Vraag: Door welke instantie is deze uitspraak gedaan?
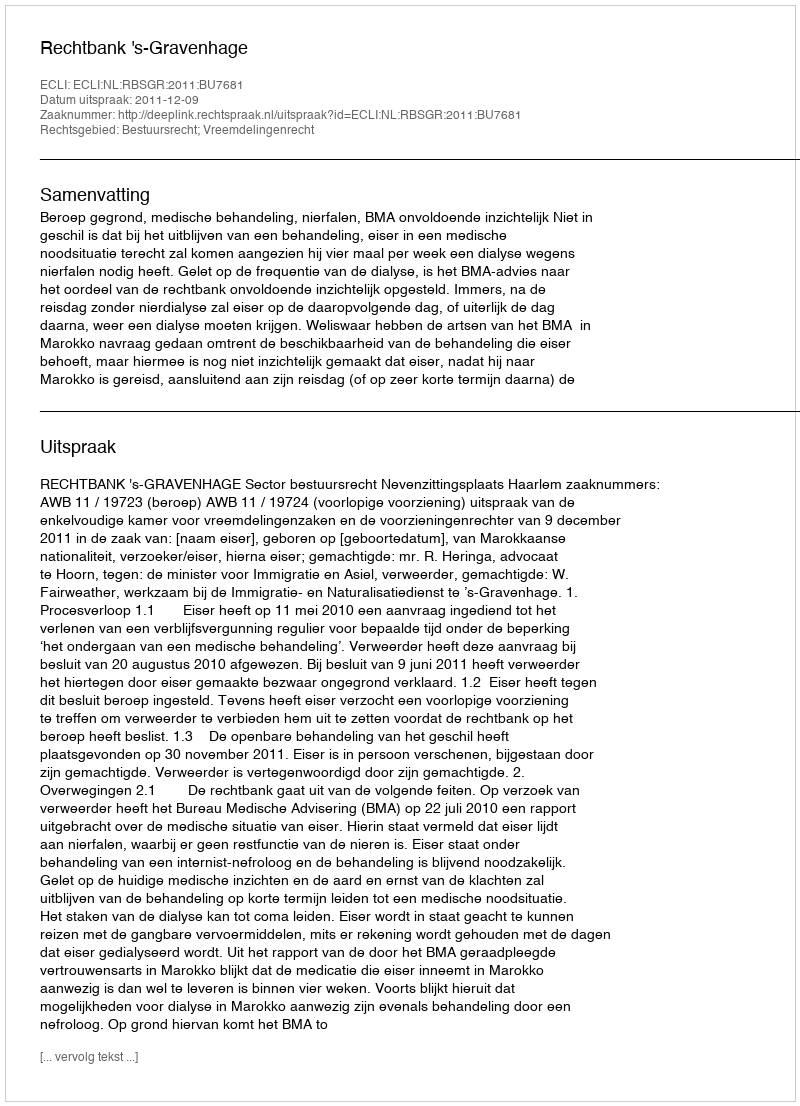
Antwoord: Rechtbank 's-Gravenhage